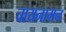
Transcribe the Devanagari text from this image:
चायनामन